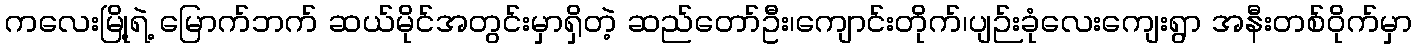
ကလေးမြို့ရဲ့ မြောက်ဘက် ဆယ်မိုင်အတွင်းမှာရှိတဲ့ ဆည်တော်ဦး၊ကျောင်းတိုက်၊ပျဉ်းခုံလေးကျေးရွာ အနီးတစ်ဝိုက်မှာ